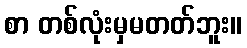
စာ တစ်လုံးမှမတတ်ဘူး။